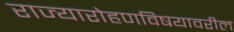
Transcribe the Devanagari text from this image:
राज्यारोहणविषयावरील